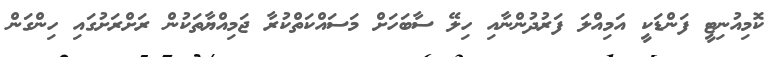
ކޮމިއުނިޓީ ފަންޑަކީ އަމިއްލަ ފަރުދުންނާއި ހިލޭ ސާބަހަށް މަސައްކަތްކުރާ ޖަމިއްޔާތަކުން ރަށްރަށުގައި ހިންގަން